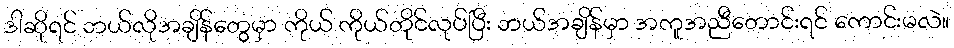
ဒါဆိုရင် ဘယ်လိုအချိန်တွေမှာ ကိုယ် ကိုယ်တိုင်လုပ်ပြီး ဘယ်အချိန်မှာ အကူအညီတောင်းရင် ကောင်းမလဲ။